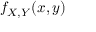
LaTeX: f _ { X , Y } ( x , y )